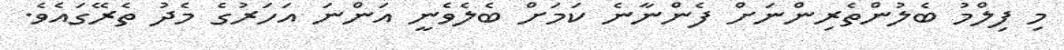
މި ފިލްމު ބެލުންތެރިންނަށް ފެންނާނެ ކަމަށް ބެލެވެނީ އަންނަ އަހަރުގެ މެދު ތެރޭގައެވެ.